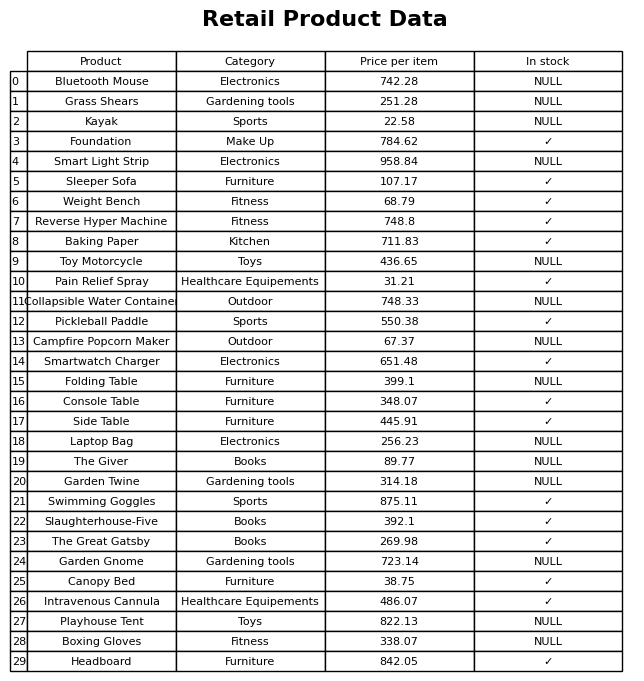
question: What category does the The Giver belong to?
answer: Books